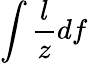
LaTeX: \int\frac{l}{z}df